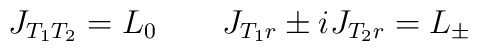
J_{T_1 T_2} =L_0 \qquad J_{T_1 r }\pm i J_{T_2 r } = L_{\pm}